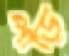
পাড়ি